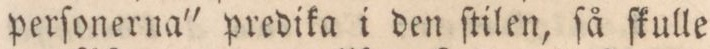
perſonerna' predika i den ſtilen, ſå ſkulle